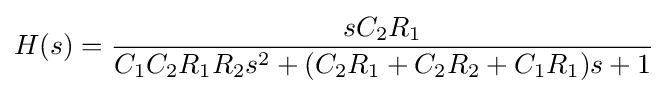
H(s)={\frac {sC_{2}R_{1}}{C_{1}C_{2}R_{1}R_{2}s^{2}+(C_{2}R_{1}+C_{2}R_{2}+C_{1}R_{1})s+1}}